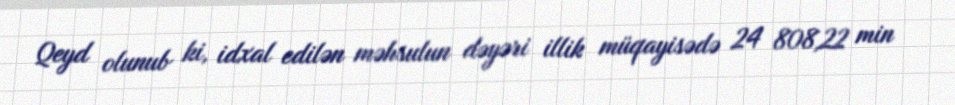
Qeyd olunub ki, idxal edilən məhsulun dəyəri illik müqayisədə 24 808,22 min